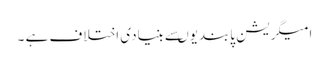
امیگریشن پابندیوںسے بنیادی اختلاف ہے ۔